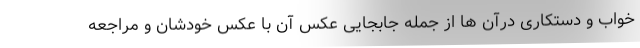
خواب و دستکاری درآن ها از جمله جابجایی عکس آن با عکس خودشان و مراجعه